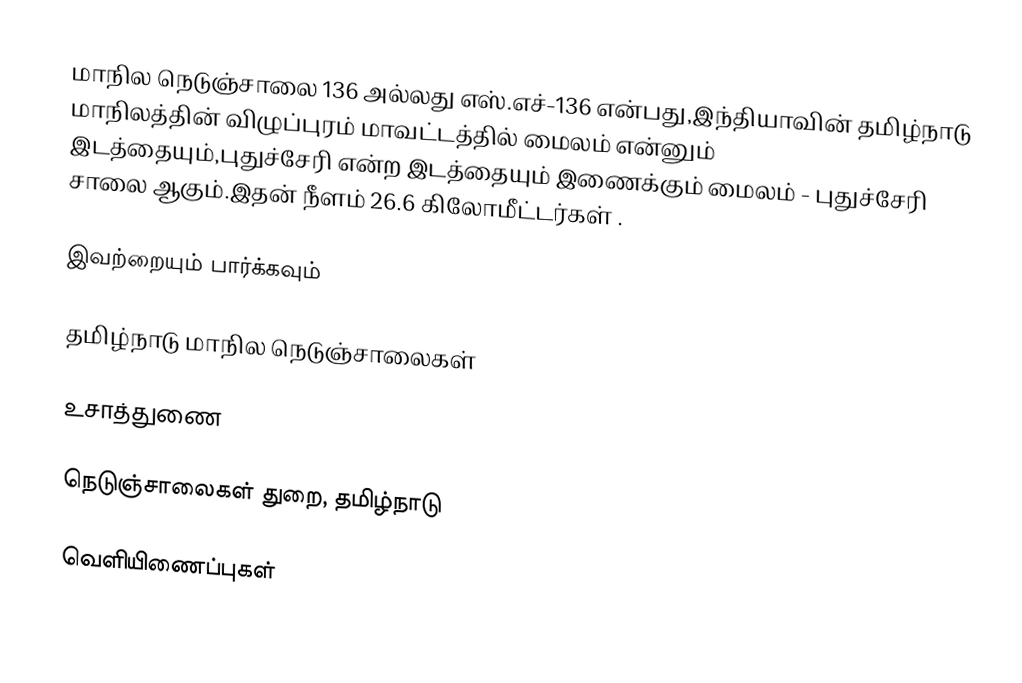
மாநில நெடுஞ்சாலை 136 அல்லது எஸ்.எச்-136  என்பது,இந்தியாவின் தமிழ்நாடு மாநிலத்தின்  விழுப்புரம் மாவட்டத்தில்  மைலம்  என்னும் இடத்தையும்,புதுச்சேரி  என்ற இடத்தையும் இணைக்கும் மைலம் - புதுச்சேரி சாலை ஆகும்.இதன் நீளம் 26.6  கிலோமீட்டர்கள் .

இவற்றையும் பார்க்கவும்

 தமிழ்நாடு மாநில நெடுஞ்சாலைகள்

உசாத்துணை

 நெடுஞ்சாலைகள் துறை, தமிழ்நாடு

வெளியிணைப்புகள்